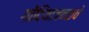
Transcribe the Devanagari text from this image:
गोंदियाजवळचे